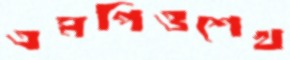
এমপিওশেখ